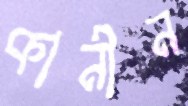
কানীন